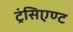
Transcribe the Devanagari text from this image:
ट्रंसिएण्ट